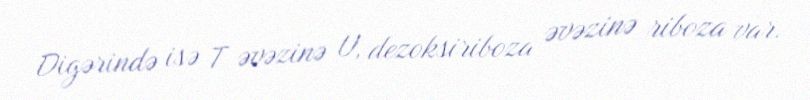
Digərində isə T əvəzinə U, dezoksiriboza əvəzinə riboza var.